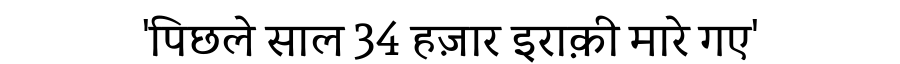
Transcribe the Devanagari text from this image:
'पिछले साल 34 हज़ार इराक़ी मारे गए'